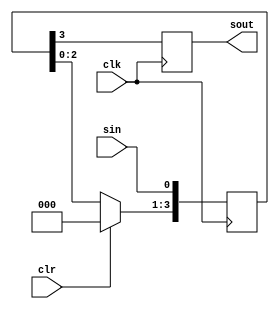
`timescale 1ns / 1ps
//////////////////////////////////////////////////////////////////////////////////
// Company: 
// Engineer: 
// 
// Design Name: 
// Module Name: SISO
// Project Name: 
// Target Devices: 
// Tool Versions: 
// Description: 
// 
// Dependencies: 
// 
// Revision:
// Revision 0.01 - File Created
// Additional Comments:
// 
//////////////////////////////////////////////////////////////////////////////////


module SISO(sout,sin,clk,clr);
input clk,sin,clr;
output reg sout;
reg [3:0] tmp;
always @(posedge clk)
begin
if(clr)
tmp <= 4'b0000;
else 
tmp <= tmp << 1;
tmp[0] <= sin;
sout = tmp[3];

end
endmodule